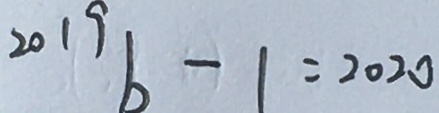
^ { 2 0 1 9 } b - 1 = 2 0 2 0